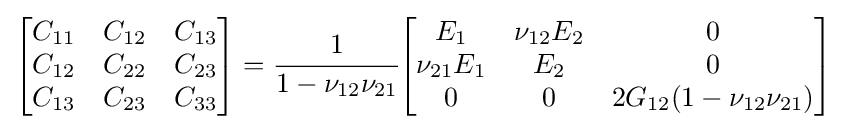
{\begin{bmatrix}C_{11}&C_{12}&C_{13}\\C_{12}&C_{22}&C_{23}\\C_{13}&C_{23}&C_{33}\end{bmatrix}}={\cfrac {1}{1-\nu _{12}\nu _{21}}}{\begin{bmatrix}E_{1}&\nu _{12}E_{2}&0\\\nu _{21}E_{1}&E_{2}&0\\0&0&2G_{12}(1-\nu _{12}\nu _{21})\end{bmatrix}}